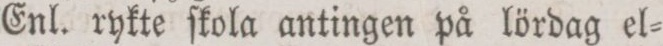
Enl. rykte ſkola antingen på lördag el=